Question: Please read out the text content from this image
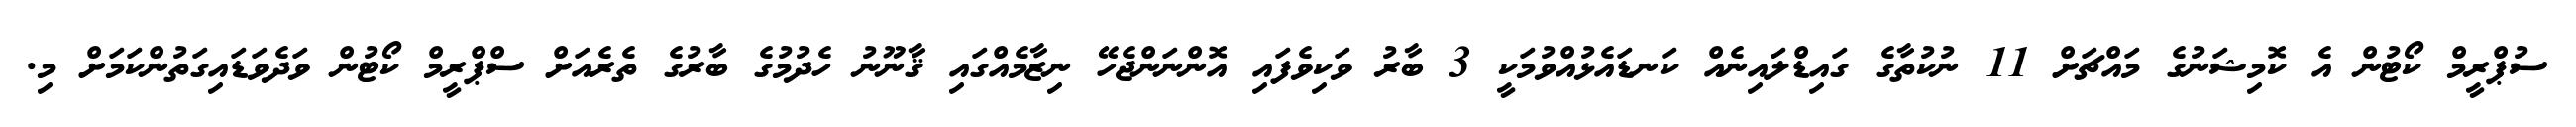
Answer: ސުޕްރީމް ކޯޓުން އެ ކޮމިޝަނުގެ މައްޗަށް 11 ނުކުތާގެ ގައިޑްލައިނެއް ކަނޑައެޅުއްވުމަކީ 3 ބާރު ވަކިވެފައި އޮންނަންޖެހޭ ނިޒާމެއްގައި ޤާނޫނު ހެދުމުގެ ބާރުގެ ތެރެއަށް ސްޕްރީމް ކޯޓުން ވަދެވަޑައިގަތުންކަމަށް މި.